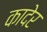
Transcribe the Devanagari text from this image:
कादेर